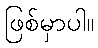
ဖြစ်မှာပါ။